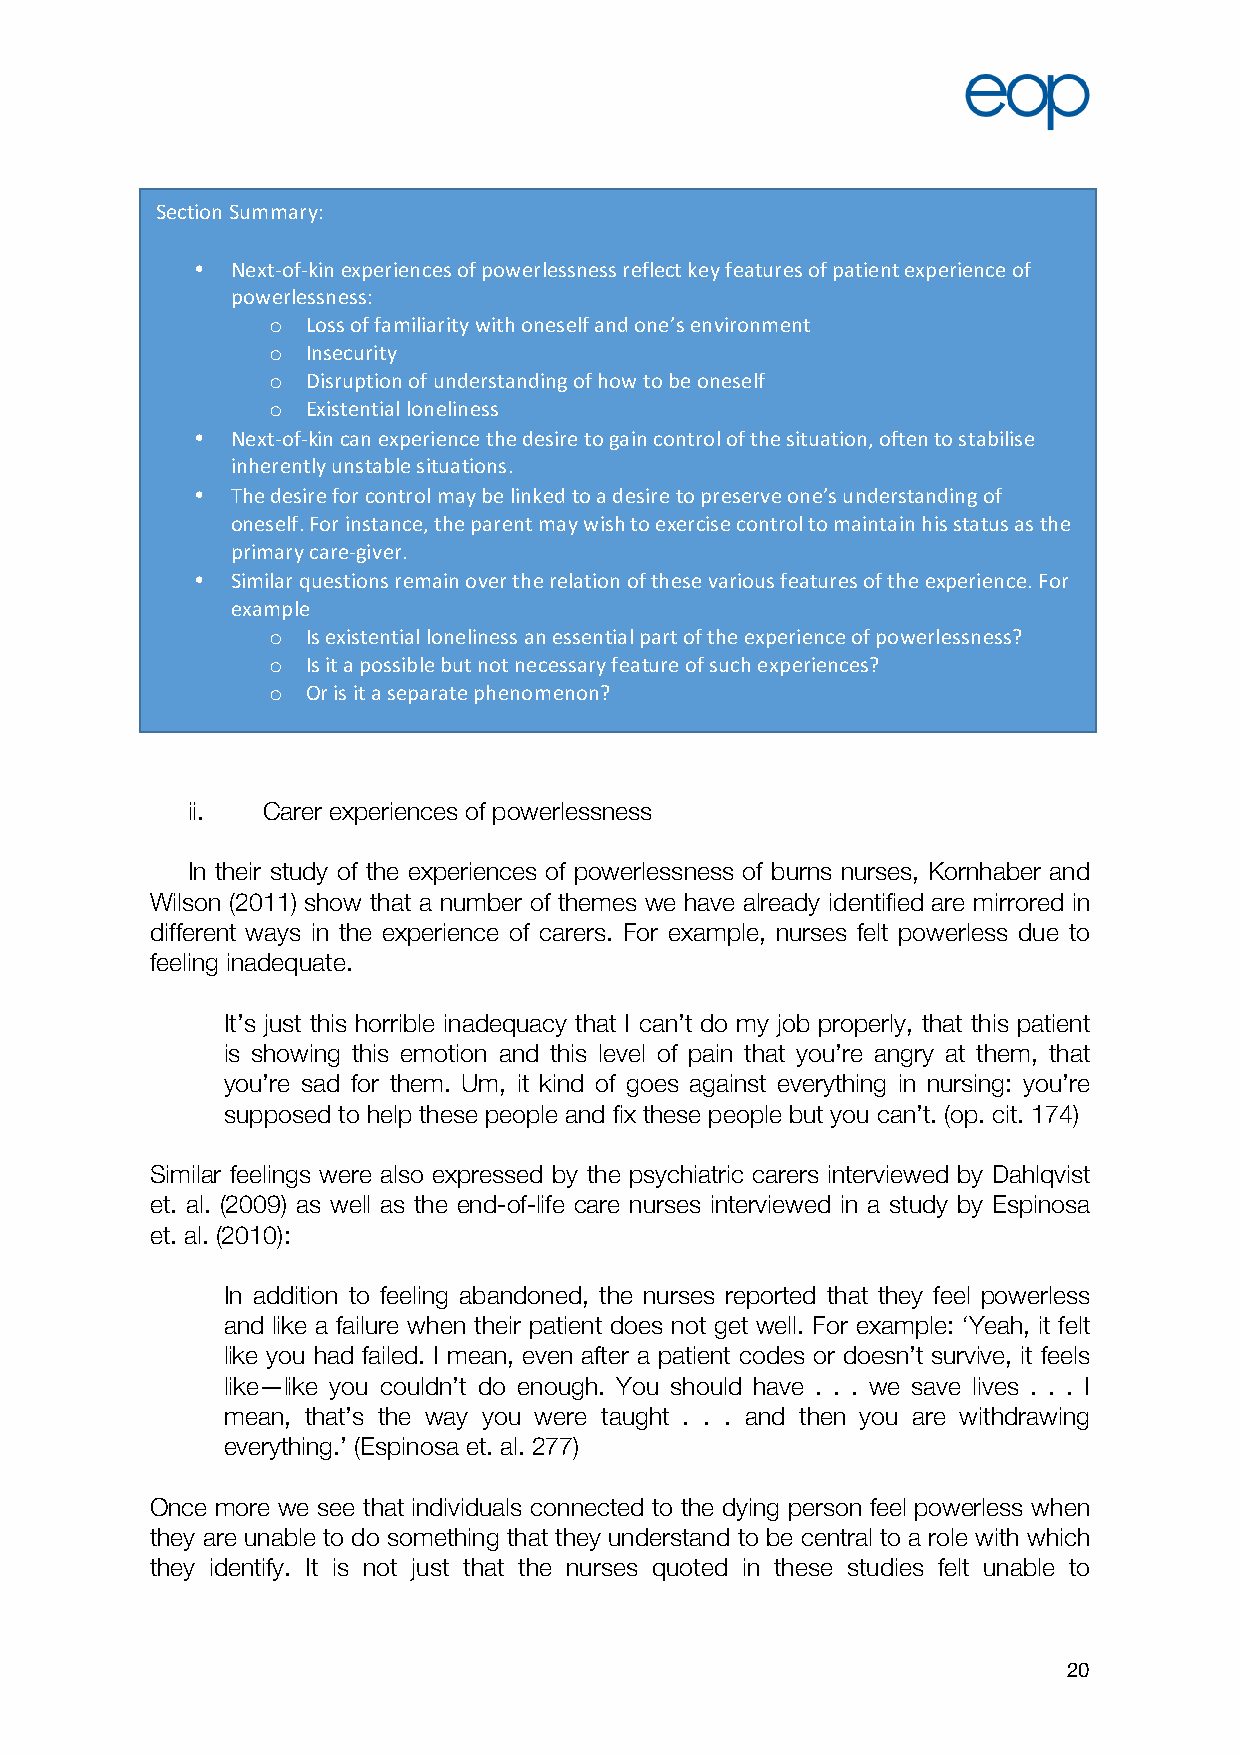
Section Summary:
 • Next-of-kin experiences of powerlessness reflect key features of patient experience of
 powerlessness:
 o Loss of familiarity with oneself and one’s environment
 o Insecurity
 o Disruption of understanding of how to be oneself
 o Existential loneliness
 • Next-of-kin can experience the desire to gain control of the situation, often to stabilise
 inherently unstable situations.
 • The desire for control may be linked to a desire to preserve one’s understanding of
 oneself. For instance, the parent may wish to exercise control to maintain his status as the
 primary care-giver.
 • Similar questions remain over the relation of these various features of the experience. For
 example
 o Is existential loneliness an essential part of the experience of powerlessness?
 o Is it a possible but not necessary feature of such experiences?
 o Or is it a separate phenomenon?
 ii.  Carer experiences of powerlessness
 In their study of the experiences of powerlessness of burns nurses, Kornhaber and
 Wilson (2011) show that a number of themes we have already identified are mirrored in
 different ways in the experience of carers. For example, nurses felt powerless due to
 feeling inadequate.
 It’s just this horrible inadequacy that I can’t do my job properly, that this patient
 is showing this emotion and this level of pain that you’re angry at them, that
 you’re sad for them. Um, it kind of goes against everything in nursing: you’re
 supposed to help these people and fix these people but you can’t. (op. cit. 174)
 Similar feelings were also expressed by the psychiatric carers interviewed by Dahlqvist
 et. al. (2009) as well as the end-of-life care nurses interviewed in a study by Espinosa
 et. al. (2010):
 In addition to feeling abandoned, the nurses reported that they feel powerless
 and like a failure when their patient does not get well. For example: ‘Yeah, it felt
 like you had failed. I mean, even after a patient codes or doesn’t survive, it feels
 like—like you couldn’t do enough. You should have . . . we save lives . . . I
 mean, that’s the way you were taught . . . and then you are withdrawing
 everything.’ (Espinosa et. al. 277)
 Once more we see that individuals connected to the dying person feel powerless when
 they are unable to do something that they understand to be central to a role with which
 they identify. It is not just that the nurses quoted in these studies felt unable to
 20